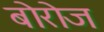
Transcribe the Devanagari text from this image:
बोरोज